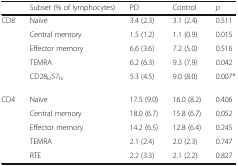
<table><thead><tr><td></td><td><b>Subset (% of lymphocytes)</b></td><td><b>PD</b></td><td><b>Control</b></td><td><b><i>p</i></b></td></tr></thead><tbody><tr><td rowspan="5">CD8</td><td>Naïve</td><td>3.4 (2.3)</td><td>3.1 (2.4)</td><td>0.511</td></tr><tr><td>Central memory</td><td>1.5 (1.2)</td><td>1.1 (0.9)</td><td>0.015</td></tr><tr><td>Effector memory</td><td>6.6 (3.6)</td><td>7.2 (5.0)</td><td>0.516</td></tr><tr><td>TEMRA</td><td>6.2 (6.3)</td><td>9.3 (7.9)</td><td>0.042</td></tr><tr><td>CD28<sub>lo</sub>57<sub>hi</sub></td><td>5.3 (4.5)</td><td>9.0 (8.0)</td><td>0.007*</td></tr><tr><td rowspan="5">CD4</td><td>Naïve</td><td>17.5 (9.0)</td><td>16.0 (8.2)</td><td>0.406</td></tr><tr><td>Central memory</td><td>18.0 (6.7)</td><td>15.8 (6.7)</td><td>0.052</td></tr><tr><td>Effector memory</td><td>14.2 (6.5)</td><td>12.8 (6.4)</td><td>0.245</td></tr><tr><td>TEMRA</td><td>2.1 (2.4)</td><td>2.0 (2.3)</td><td>0.747</td></tr><tr><td>RTE</td><td>2.2 (3.3)</td><td>2.1 (2.2)</td><td>0.827</td></tr></tbody></table>